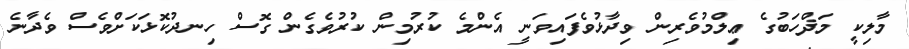
މާލިކީ މަޛްހަބުގެ ޢިލްމުވެރިން ވިދާޅުވެފައިވަނީ އެންމެ ކުރުމިން ކުރުވެގެން ގޮސް ހިނދުކޮޅަކަށްވެސް ވެދާނެ